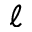
\ell